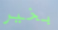
بخير